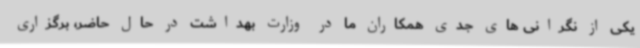
یکی از نگرانی های جدی همکاران ما در وزارت بهداشت در حال حاضر، برگزاری